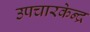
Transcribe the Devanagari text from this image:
उपचारकेन्द्र